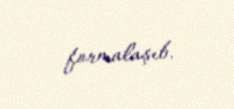
formalaşıb.